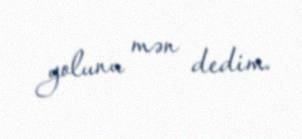
yolunu mən dedim.